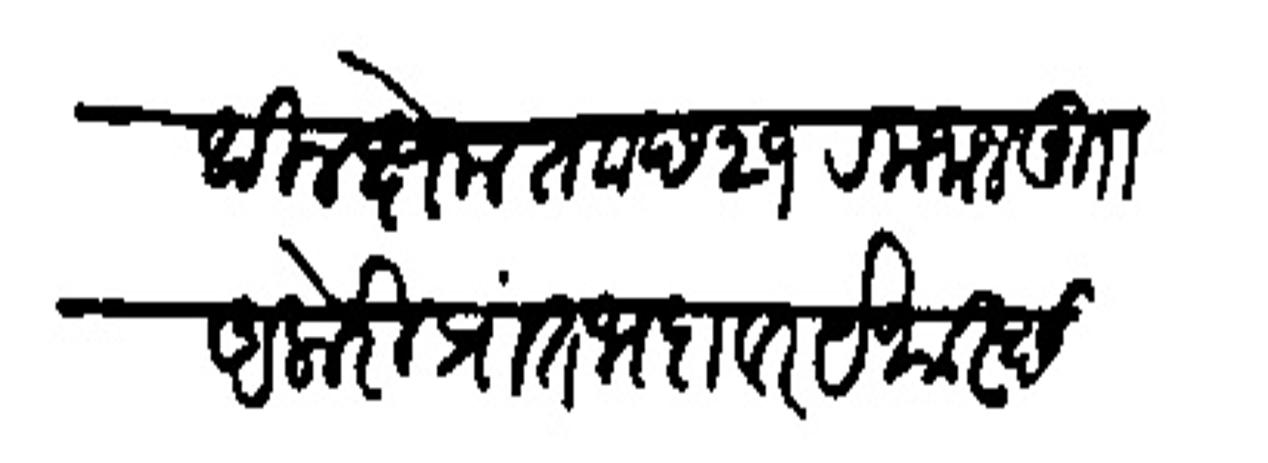
Transliteration (Devanagari): येथील क्षेम ता छ २१ रमजान मुाा अकेरी प्रांत भदावर येथास्छि